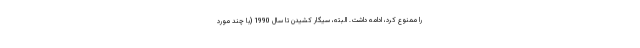
را ممنوع کرد، ادامه داشت. البته، سیگار کشیدن تا سال 1990 (با چند مورد